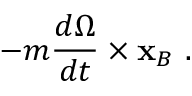
\ - m { \frac { d { \boldsymbol { \Omega } } } { d t } } \times \mathbf { x } _ { B } \ .